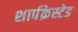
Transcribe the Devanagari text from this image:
शार्पक्रेस्टेड